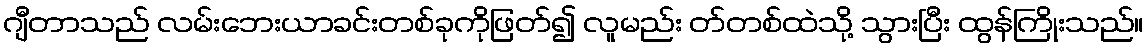
ဂျီတာသည် လမ်းဘေးယာခင်းတစ်ခုကိုဖြတ်၍ လူမည်း တ်တစ်ထဲသို့ သွားပြီး ထွန်ကြိုးသည်။